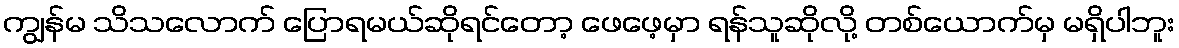
ကျွန်မ သိသလောက် ပြောရမယ်ဆိုရင်တော့ ဖေဖေ့မှာ ရန်သူဆိုလို့ တစ်ယောက်မှ မရှိပါဘူး